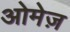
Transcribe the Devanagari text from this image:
ओमेज़